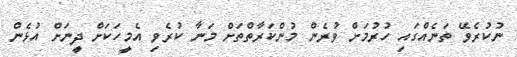
ނުކުރެވޭ ތަނެއްގައި ހުރުމަށް ވުރެން މުންކަރާތްތަށް މަނާ ކުރެވި އެމީހަކަށް ދީނަށް އުޅެން